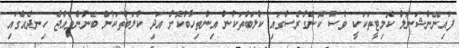
ފައިނޭންޝަނަލް ކޮމިޓީތަކަކީ ވެސް ކޮންގްރެސްގައި ކްލަބްތަކުން އިންތިހާބުކޮށް އަދި ކްލަބްތަކުން ބޭނުންވެއްޖެ ހިނދެއްގައި